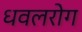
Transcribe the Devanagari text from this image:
धवलरोग